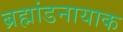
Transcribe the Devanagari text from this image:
ब्रह्मांडनायाक